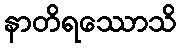
နာတိရဿောသိ